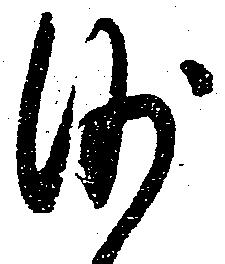
沙